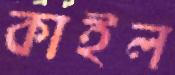
কাইল